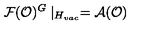
\mathcal { F } ( \mathcal { O } ) ^ { G } \mid _ { H _ { v a c } } = \mathcal { A ( O ) }